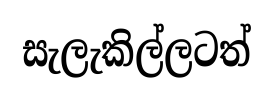
සැලැකිල්ලටත්